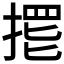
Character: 𱠙